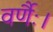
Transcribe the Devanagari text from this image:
वर्णैः।